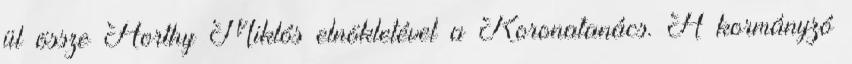
ül össze Horthy Miklós elnökletével a Koronatanács. A kormányzó